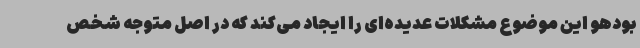
بودهو این موضوع مشکلات عدیده‌ای را ایجاد می‌کند که در اصل متوجه شخص